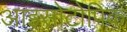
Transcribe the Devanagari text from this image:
आइसोटोपिक